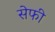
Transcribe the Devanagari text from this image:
सेफी